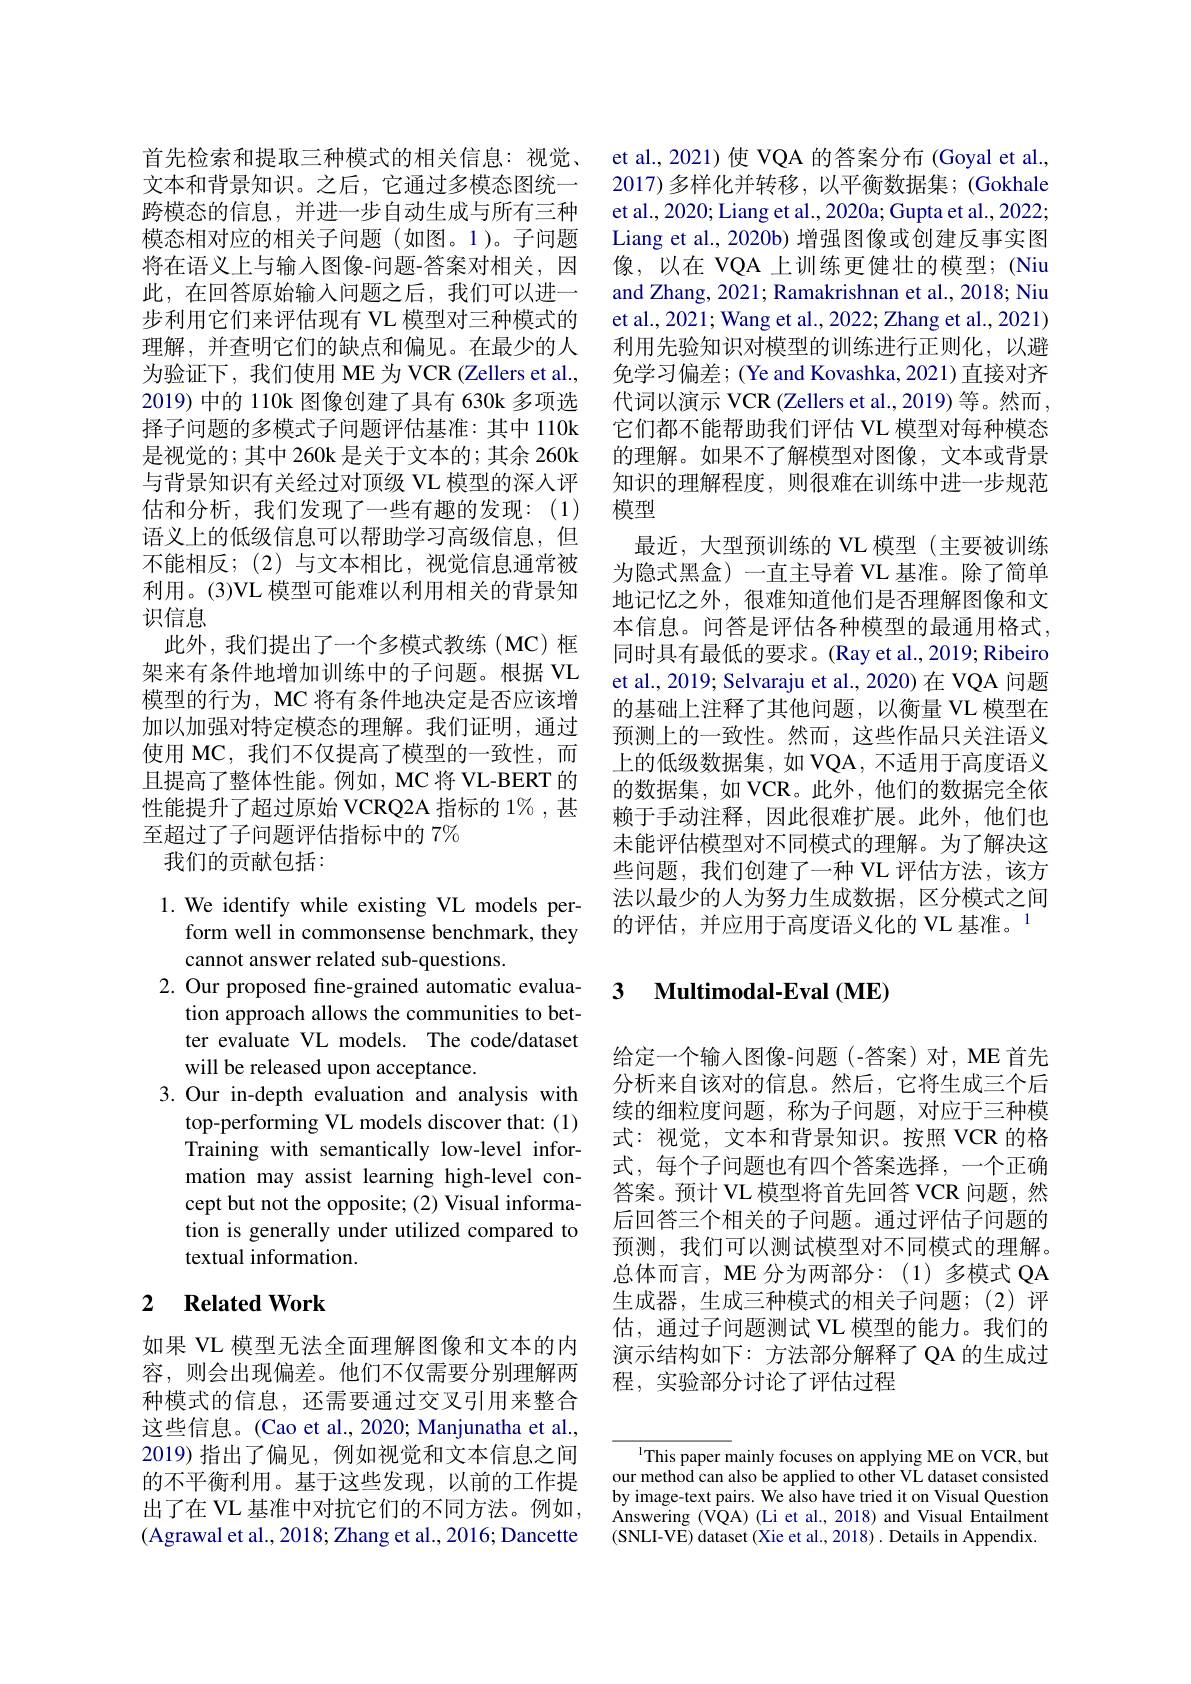
首先检索和提取三种模式的相关信息：视觉、 文本和背景知识。之后，它通过多模态图统一跨模态的信息，并进一步自动生成与所有三种模态相对应的相关子问题(如图。1)。子问题将在语义上与输人图像-问题-答案对相关，因此，在回答原始输入问题之后，我们可以进一步利用它们来评估现有 VL 模型对三种模式的理解，并查明它们的缺点和偏见。在最少的人为验证下，我们使用 ME 为 VCR (Zellers et al., 2019) 中的 110k 图像创建了具有 630k 多项选择子问题的多模式子问题评估基准：其中 110k 是视觉的；其中 260k 是关于文本的；其余 260k 与背景知识有关经过对顶级 VL 模型的深入评估和分析，我们发现了一些有趣的发现：(1) 语义上的低级信息可以帮助学习高级信息，但不能相反；(2)与文本相比，视觉信息通常被利用。(3)VL 模型可能难以利用相关的背景知识信息
此外，我们提出了一个多模式教练(MC)框架来有条件地增加训练中的子问题。根据 VL 模型的行为，MC 将有条件地决定是否应该增加以加强对特定模态的理解。我们证明，通过使用 MC,我们不仅提高了模型的一致性，而且提高了整体性能。例如，MC 将 VL-BERT 的性能提升了超过原始 VCRQ2A 指标的 1% ,甚至超过了子问题评估指标中的 7%
我们的贡献包括：

1. We identify while existing VL models per-
form well in commonsense benchmark, they
cannot answer related sub-questions.
2. Our proposed fine-grained automatic evalua-
tion approach allows the communities to better evaluate VL models. The code/dataset will be released upon acceptance.
3.Our in-depth evaluation and analysis with
top-performing VL models discover that: (1) Training with semantically low-level information may assist learning high-level concept but not the opposite; (2) Visual information is generally under utilized compared to textual information.

## 2 Related Work

如果 VL 模型无法全面理解图像和文本的内容，则会出现偏差。他们不仅需要分别理解两种模式的信息，还需要通过交叉引用来整合这些信息。(Cao et al., 2020; Manjunatha et al., 2019)指出了偏见，例如视觉和文本信息之间的不平衡利用。基于这些发现，以前的工作提出了在 VL 基准中对抗它们的不同方法。例如， (Agrawal et al., 2018; Zhang et al., 2016; Dancette

et al., 2021) 使 VQA 的答案分布 (Goyal et al., 2017)多样化并转移，以平衡数据集；(Gokhale et al., 2020; Liang et al., 2020a; Gupta et al., 2022; Liang et al., 2020b) 增强图像或创建反事实图像，以在 VQA 上训练更健壮的模型；(Niu and Zhang, 2021; Ramakrishnan et al., 2018; Niu et al., 2021; Wang et al., 2022; Zhang et al., 2021) 利用先验知识对模型的训练进行正则化，以避免学习偏差；(Ye and Kovashka, 2021) 直接对齐代词以演示 VCR (Zellers et al., 2019) 等。然而， 它们都不能帮助我们评估 VL 模型对每种模态的理解。如果不了解模型对图像，文本或背景知识的理解程度，则很难在训练中进一步规范模型
最近，大型预训练的 VL 模型(主要被训练为隐式黑盒)一直主导着 VL 基准。除了简单地记忆之外，很难知道他们是否理解图像和文本信息。问答是评估各种模型的最通用格式， 同时具有最低的要求。(Ray et al., 2019; Ribeiro et al., 2019; Selvaraju et al., 2020) 在 VQA 问题的基础上注释了其他问题，以衡量 VL 模型在预测上的一致性。然而，这些作品只关注语义上的低级数据集，如 VQA, 不适用于高度语义的数据集，如 VCR。此外，他们的数据完全依赖于手动注释，因此很难扩展。此外，他们也未能评估模型对不同模式的理解。为了解决这些问题，我们创建了一种 VL 评估方法，该方法以最少的人为努力生成数据，区分模式之间的评估，并应用于高度语义化的 VL 基准。1

### 3 $\textbf{Multimodal- Eval }( \mathbf{ME})$

给定一个输入图像-问题(-答案)对，ME 首先分析来自该对的信息。然后，它将生成三个后续的细粒度问题，称为子问题，对应于三种模式：视觉，文本和背景知识。按照 VCR 的格式，每个子问题也有四个答案选择，一个正确答案。预计 VL 模型将首先回答 VCR 问题，然后回答三个相关的子问题。通过评估子问题的预测，我们可以测试模型对不同模式的理解。总体而言，ME 分为两部分：(1)多模式 QA 生成器，生成三种模式的相关子问题；(2)评估，通过子问题测试 VL 模型的能力。我们的演示结构如下：方法部分解释了 QA 的生成过程，实验部分讨论了评估过程

${^{1}\text{This paper mainly focuses on applying ME on VCR, but}}$ our method can also be applied to other VL dataset consisted by image-text pairs. We also have tried it on Visual Question Answering (VQA) (Li et al., 2018) and Visual Entailment (SNLI-VE) dataset (Xie et al., 2018). Details in Appendix.